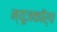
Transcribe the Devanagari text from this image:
न्यूजकॉर्प